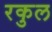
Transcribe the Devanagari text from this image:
रकुल